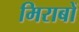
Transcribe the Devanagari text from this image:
मिराबों